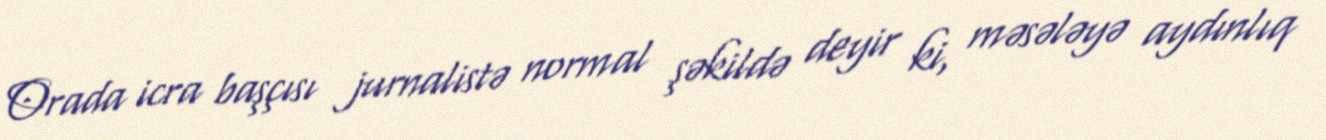
Orada icra başçısı jurnalistə normal şəkildə deyir ki, məsələyə aydınlıq